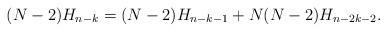
LaTeX: \begin{align*} (N-2)H_{n-k}= (N-2)H_{n-k-1} + N(N-2)H_{n-2k-2}.\end{align*}